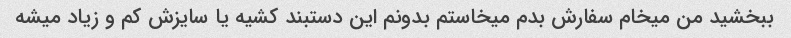
ببخشید من میخام سفارش بدم میخاستم بدونم این دستبند کشیه یا سایزش کم و زیاد میشه